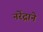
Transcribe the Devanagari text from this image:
नरेंद्राने